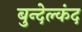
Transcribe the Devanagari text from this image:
बुन्देल्कंद